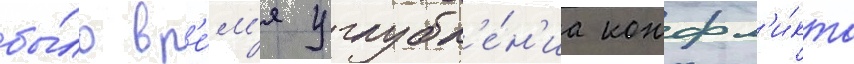
бы́ло вр'е́м'я углубл'е́н'иа конфл'и́кта